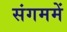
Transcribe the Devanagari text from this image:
संगममें